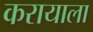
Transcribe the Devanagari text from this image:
करायाला